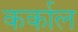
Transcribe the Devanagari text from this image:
कर्काल